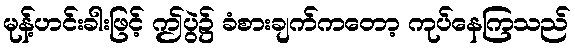
မုန့်ဟင်းခါးဖြင့် ဤပွဲ၌ ခံစားချက်ကတော့ ကုပ်နေကြသည်